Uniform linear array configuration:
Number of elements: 64
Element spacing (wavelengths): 1
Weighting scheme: kaiser
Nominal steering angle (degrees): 45
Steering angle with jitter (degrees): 46.042
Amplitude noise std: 0.05
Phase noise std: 0.05

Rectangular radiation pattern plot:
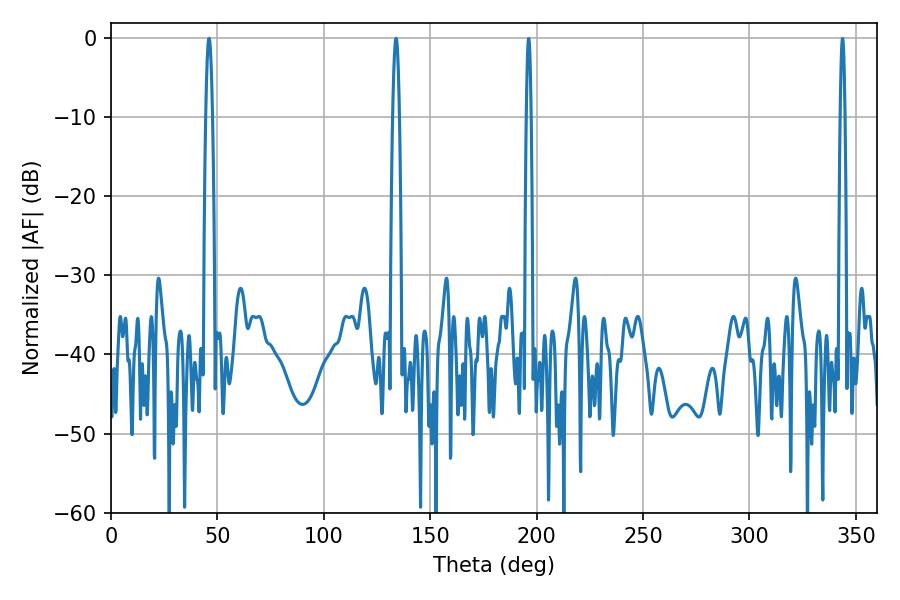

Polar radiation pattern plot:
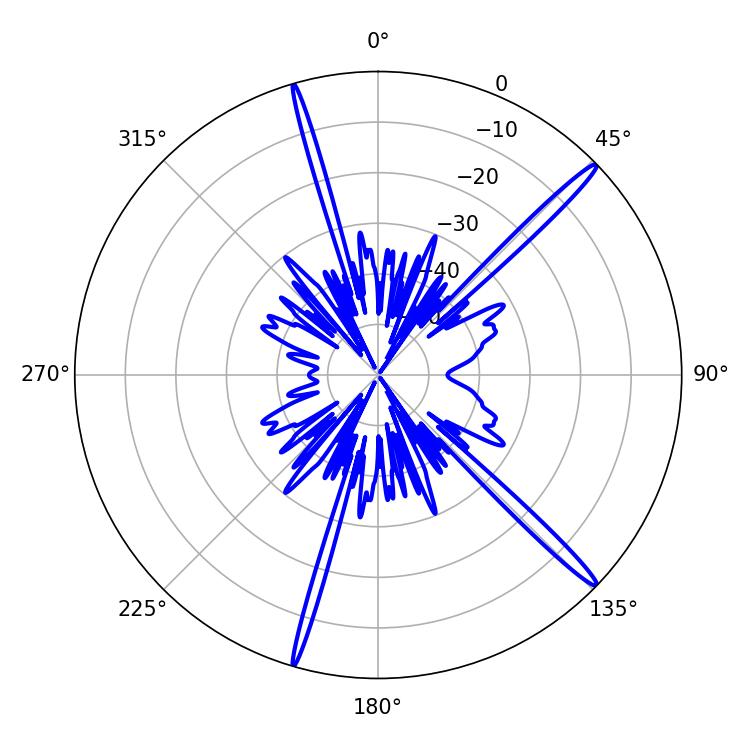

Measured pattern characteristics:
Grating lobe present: TRUE
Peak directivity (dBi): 17.58
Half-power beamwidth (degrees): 1.8
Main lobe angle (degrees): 133.92